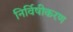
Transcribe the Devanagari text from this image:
निर्विषीकरण